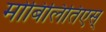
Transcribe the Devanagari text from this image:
मोबिलितिएस्